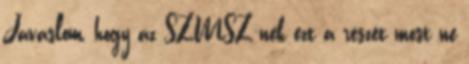
Javaslom, hogy az SZMSZ-nek ezt a részét most ne